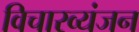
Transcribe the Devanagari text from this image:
विचारव्यंजन